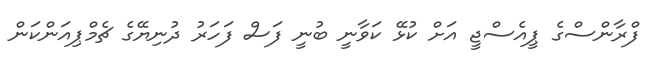
ފްރާންސްގެ ޕީއެސްޖީ އަށް ކުޅޭ ކަވާނީ ބުނީ ފަސް ފަހަރު ދުނިޔޭގެ ޗެމްޕިއަންކަން